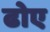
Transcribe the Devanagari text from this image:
ढोए